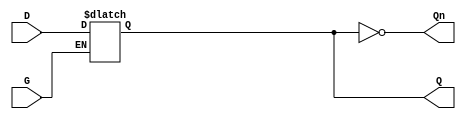
module dual_input_gated_latch (
    input wire D,    // Data input
    input wire G,    // Gating signal
    output reg Q,    // Output
    output wire Qn   // Inverted output
);

// Invert output
assign Qn = ~Q;

// Latch behavior
always @ (G or D) begin
    if (G) begin
        Q <= D;  // When G is high, Q follows D
    end
    // When G is low, Q retains its previous value (holding state)
end

endmodule